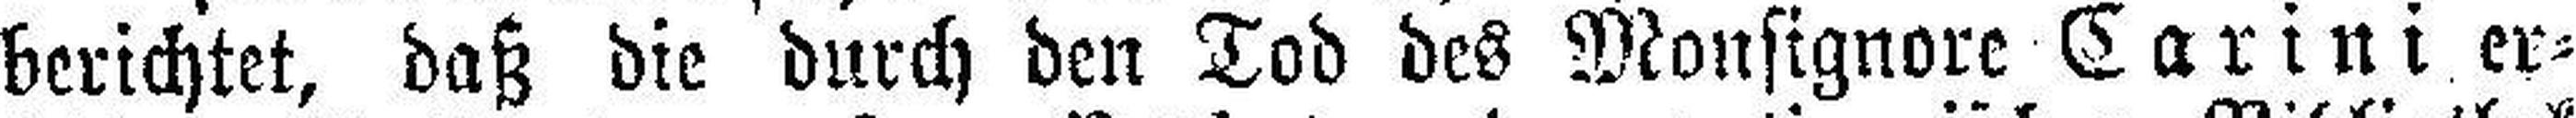
berichtet, daß die durch den Tod des Monsignore Carini er¬